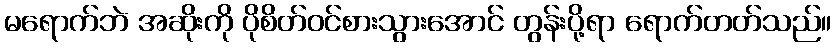
မရောက်ဘဲ အဆိုးကို ပိုစိတ်ဝင်စားသွားအောင် တွန်းပို့ရာ ရောက်တတ်သည်။